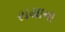
રાયાના